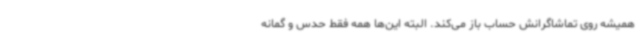
همیشه روی تماشاگرانش حساب باز می‌کند. البته این‌ها همه فقط حدس و گمانه